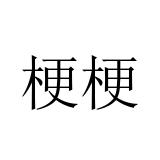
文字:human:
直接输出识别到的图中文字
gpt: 梗梗